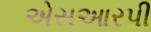
એસઆરપી